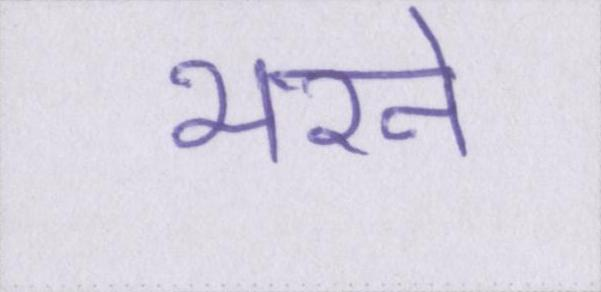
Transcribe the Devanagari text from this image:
भरने